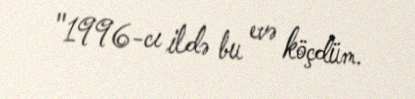
"1996-cı ildə bu evə köçdüm.